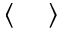
\langle \quad \rangle